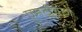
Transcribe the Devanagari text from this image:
एमटीवीज